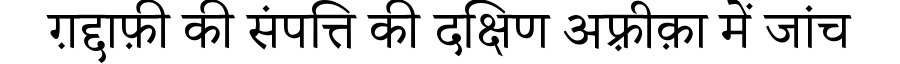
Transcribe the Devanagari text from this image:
ग़द्दाफ़ी की संपत्ति की दक्षिण अफ़्रीक़ा में जांच